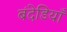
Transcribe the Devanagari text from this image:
बंदेडियाँ